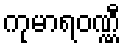
ကုမာရဝဏ္ဏီ